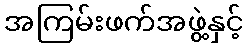
အကြမ်းဖက်အဖွဲ့နှင့်